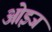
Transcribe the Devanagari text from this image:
ओइज